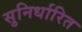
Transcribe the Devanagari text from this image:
सुनिर्धारित